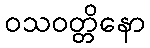
ဝသဝတ္တိနော